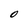
Character: O